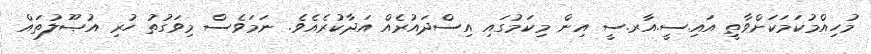
މުހިއްމުކަމަކަށްވާތީ އައި.ސީ.އާރ.ސީ އިން މިކަމުގައި އިސްދައުރެއް އަދާކުރެއެވެ. ނަމަވެސް މިވަގުތު ހުރި އުޞޫލުތައް